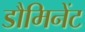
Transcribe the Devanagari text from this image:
डौमिनेंट